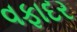
વફાદર